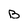
Character: B